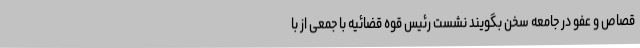
قصاص و عفو در جامعه سخن بگویند نشست رئیس قوه قضائیه با جمعی از با